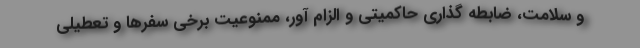
و سلامت، ضابطه گذاری حاکمیتی و الزام آور، ممنوعیت برخی سفرها و تعطیلی